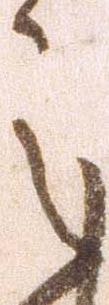
之